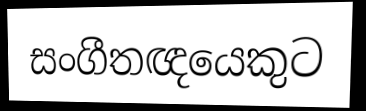
සංගීතඥයෙකුට